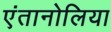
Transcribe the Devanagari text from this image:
एंतानोलिया